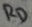
Text: RD